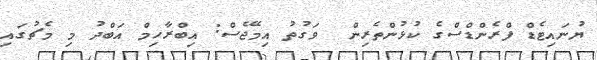
ޔުނައިޓެޑް ފްރެންޑްސްގެ ކުޅުންތެރިން  ވަގުތު އިމޭޖެސް: އިބްރާހިމް އަބްދު މި މެޗުގައި